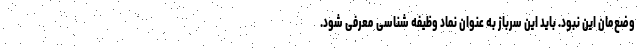
وضع‌مان این نبود. باید این سرباز به عنوان نماد وظیفه شناسی معرفی شود.